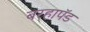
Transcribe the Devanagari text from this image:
बरहापॅड